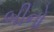
બીનો